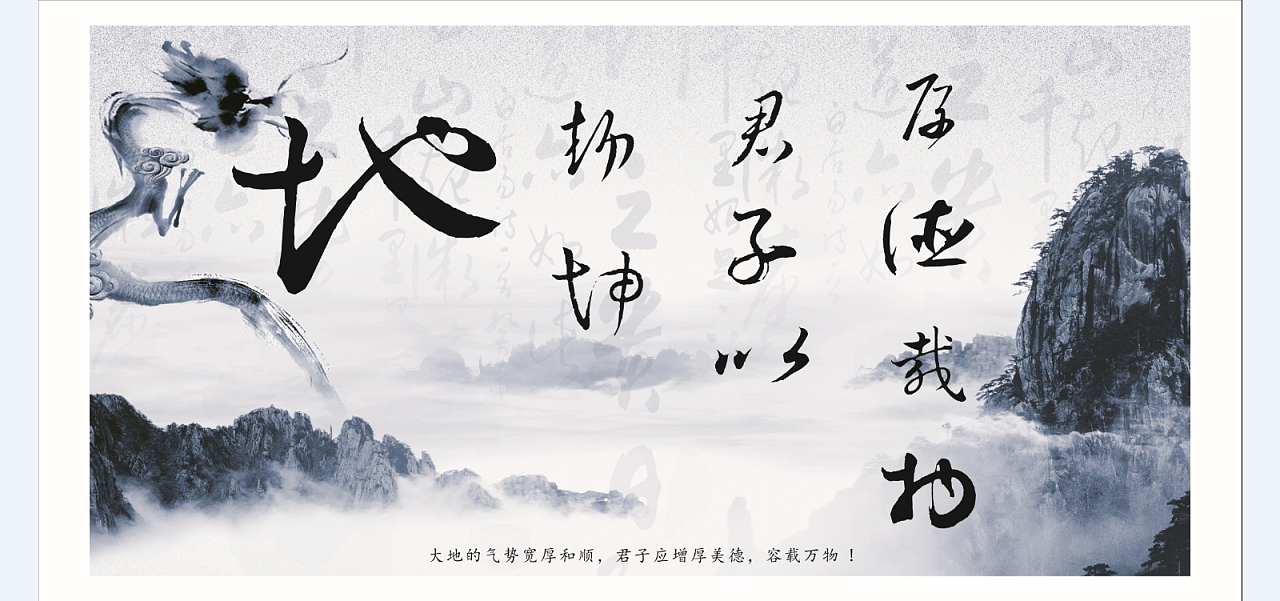
财以成者，扶而埋之后得生者，而久禁之。